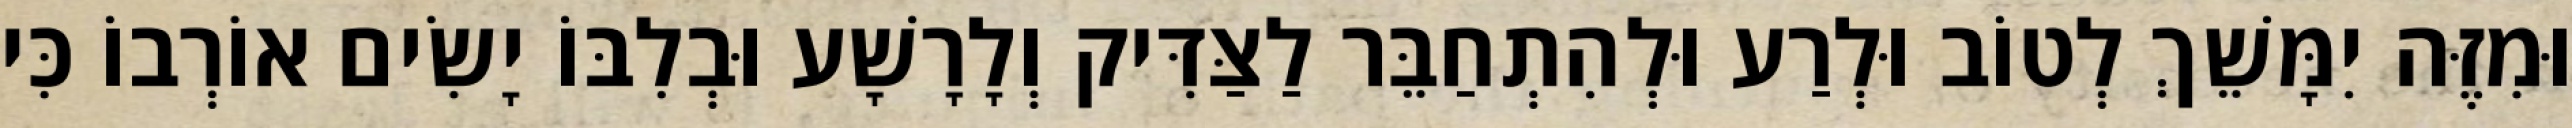
וּמִזֶּה יִמָּשֵׁךְ לְטוֹב וּלְרַע וּלְהִתְחַבֵּר לַצַּדִּיק וְלָרָשָׁע וּבְלִבּוֹ יָשִׂים אוֹרְבוֹ כִּי